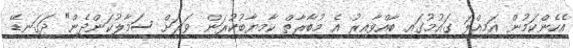
އެހެންކަމުން އަމިއްލަ ގައުމުގައި ބާއްވާއިރު އެ މުބާރާތް ކާމިޔާބުކުރަން ވަރަށް ސަމާލުކަންދެން" ދަގަނޑޭ